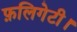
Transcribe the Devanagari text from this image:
फ़लिगेटी।